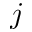
j